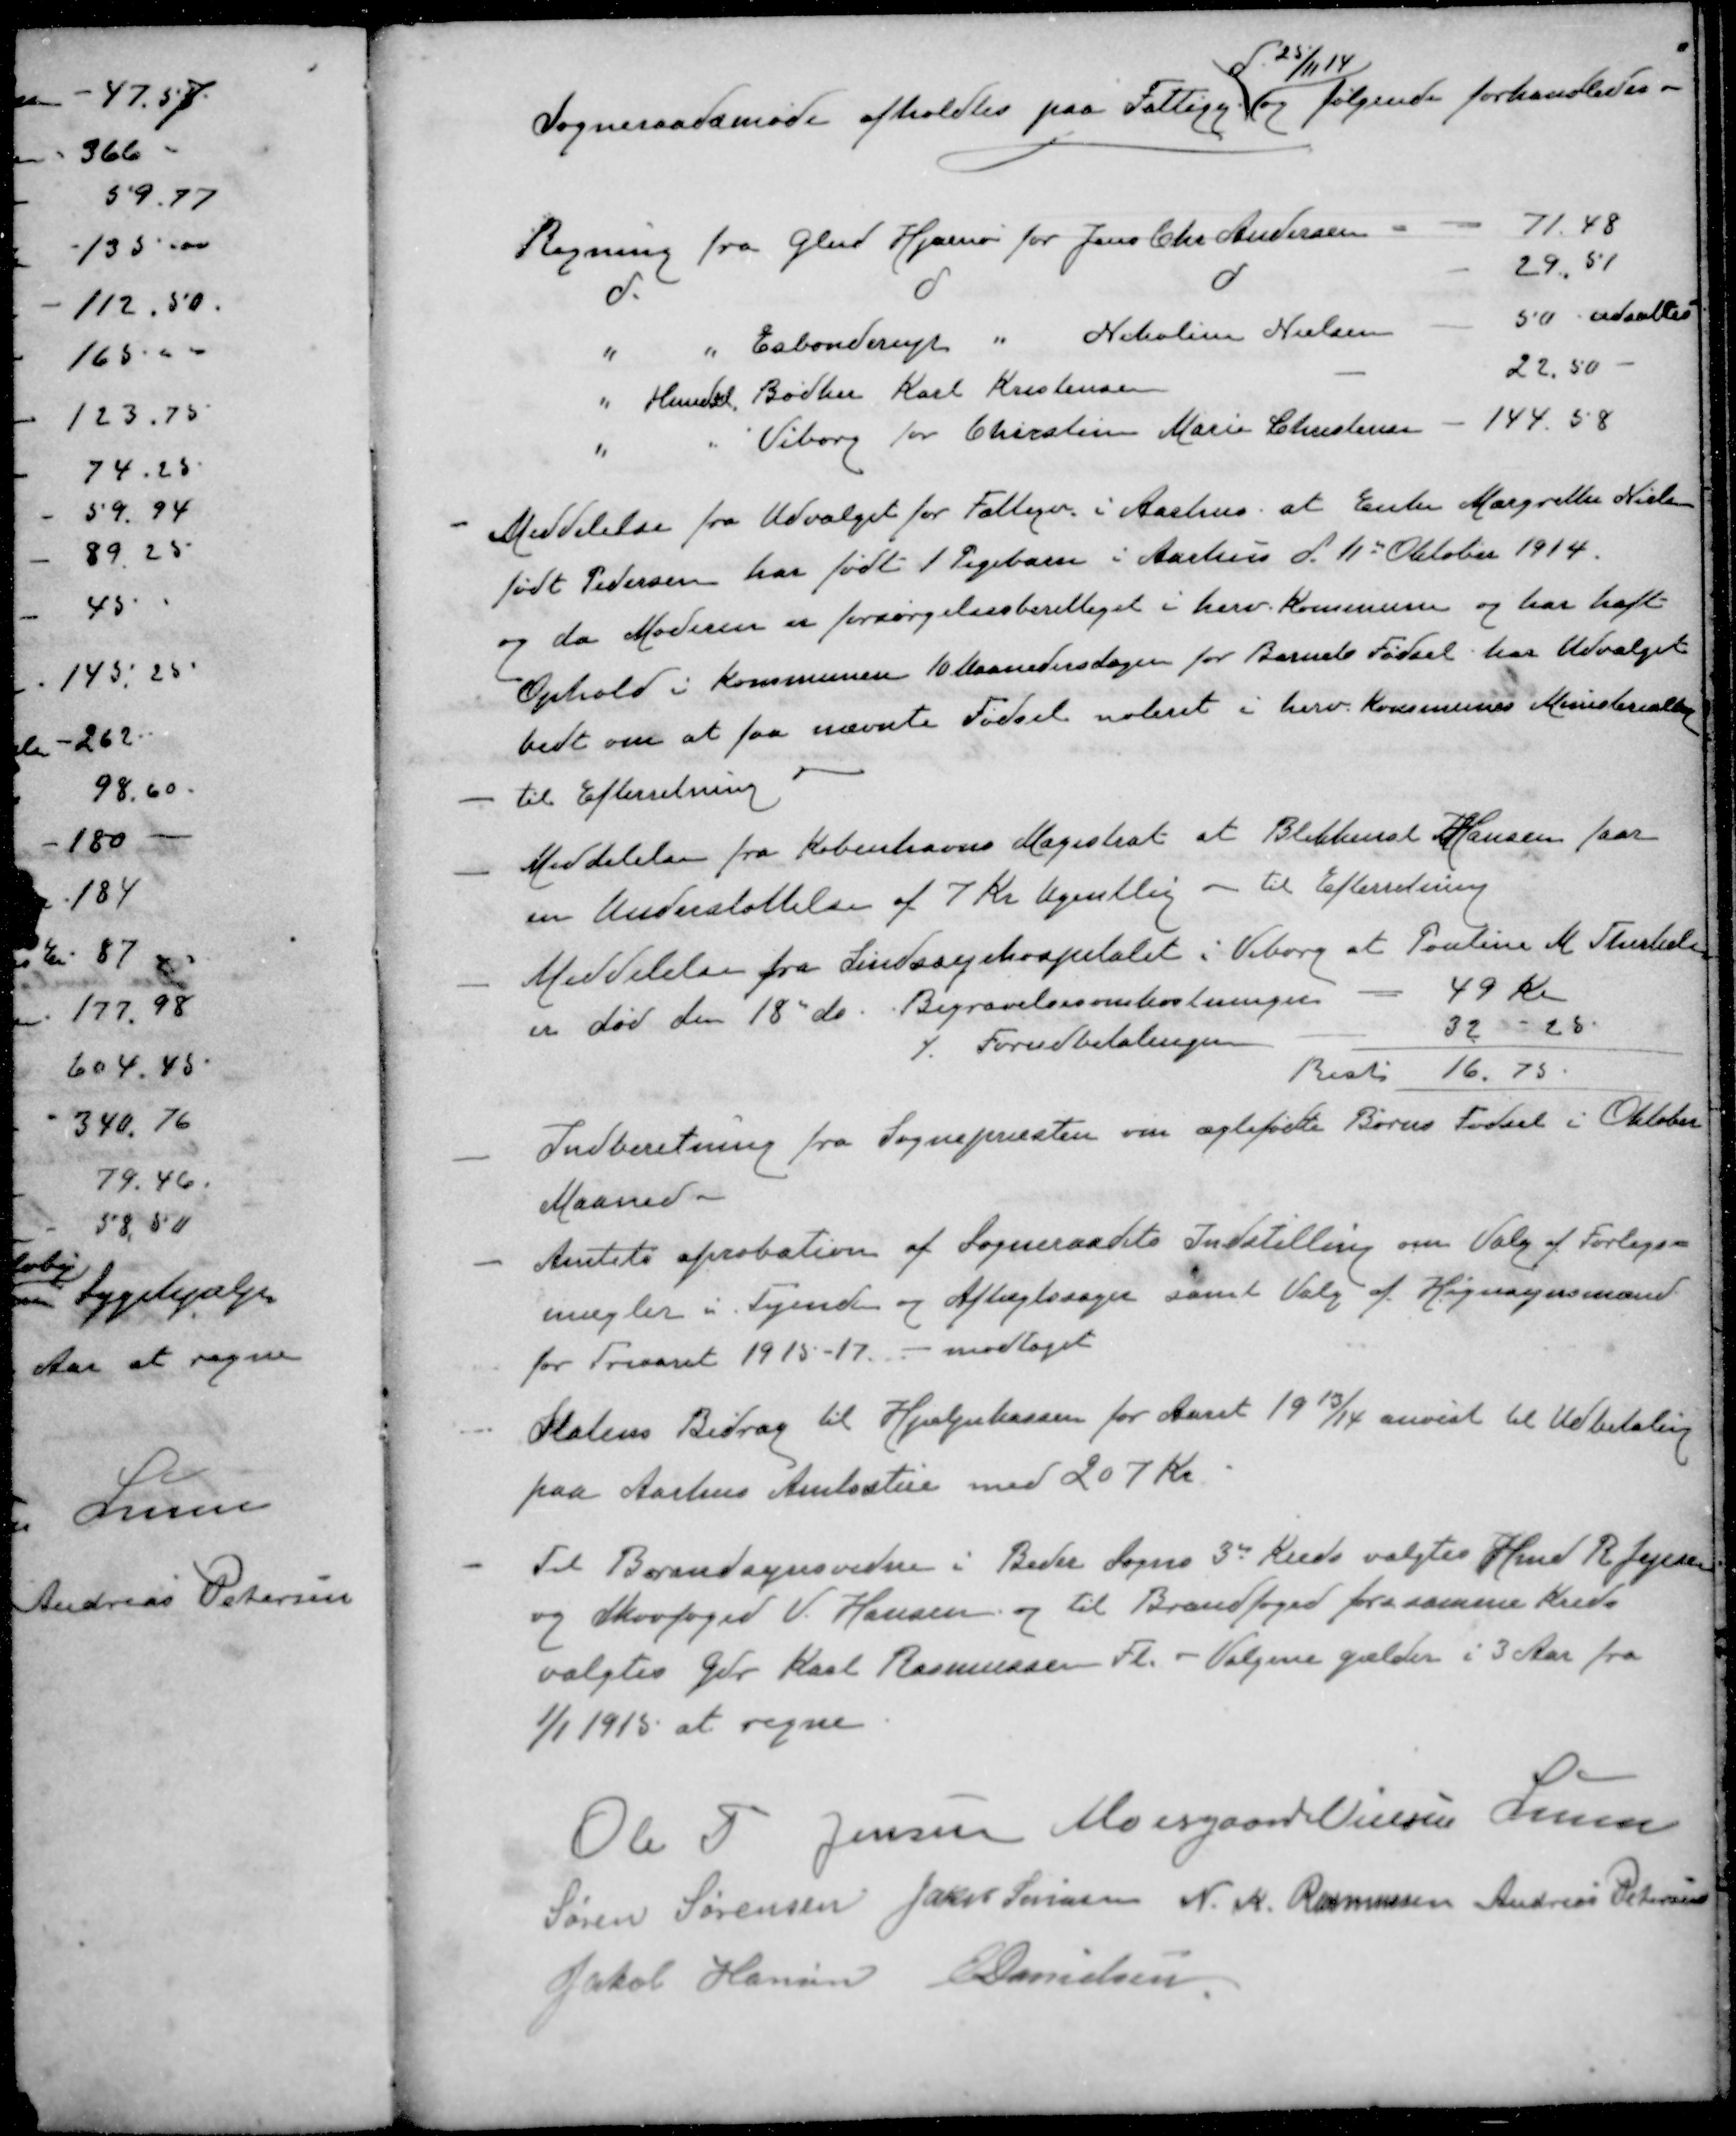
Transskription:
d 25/11 14
Sogneraadsmøde afholdtes paa Fattigg og følgende forhandledes.
Regning fra Glud Hjarnø for Jens Chr. Andersen
71.48
d
d
d
29,51
"
"
Esbonderup " Nikoline Nielsen
50 udsattes
"
Hundsl Bødker Karl Kristensen
22.50
"
"
Viborg for Chirstine Marie Christensen
144,58
- Meddelelse fra Udvalget for Fattige i Aarhus at Enke Margrethe Nielsen
født Pedersen har født 1 Pigebarn i Aarhus d. 11' Oktober 1914.
og da Moderen er forsørgelsesberettiget i herv. Kommune og har haft
Ophold i Kommunen 10 Maanedersdagen for Barnets Fødsel har Udvalget
bedt om at faa nævnte Fødsel noteret i herv. Kommunes Ministerialbog
- til Efterretning
- Meddelelse fra Københavns Magistrat at Blikkensl Hansen faar
en Understøttelse af 7 Kr ugentlig - til Efterretning
- Meddelelse fra Sindssyehospitalet i Viborg at Pouline M. Therkils
er død den 18 ds. Begravelsesomkostninger - 49 Kr
٪ Forudbetalingen 32 - 25
Rest 16.75.
- Indberetning fra Sognepræsten om ægtefødte Børns Fødsel i Oktober
Maaned.
- Amtets aprobation af Sogneraadets Indstilling om Valg af Forligs-
mægler i Tyende og Aftægtssager samt Valg af Hegnsynsmænd
for Treaaret 1915-17. - modtaget
- Statens Bidrag til Hjælpekassen for Aaret 19 13/14 anvist til Udbetaling
paa Aarhus Amtsstue med 207 kr
- Til Brandsynsvidne i Beder Sogns 3de Kreds valgtes Hmd R. Jepsen
og Skovfoged V. Hansen og til Brandfoged fra samme Kreds
valgtes Gdr Karl Rasmussen Fl. - Valgene gælder i 3 Aar fra
1/1 1915 at regne
Ole P Jensen
Moesgaard Nielsen
Lunn
Søren Sørensen
Jacob Sørensen
N. K. Rasmussen
Andreas Petersen
Jakob Hansen
E Danielsen